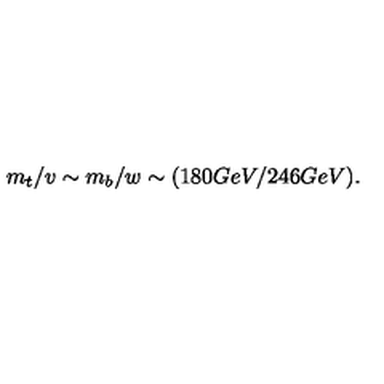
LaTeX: m _ { t } / v \sim m _ { b } / w \sim ( 1 8 0 G e V / 2 4 6 G e V ) .